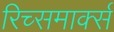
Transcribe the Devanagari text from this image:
रिच्समार्क्स